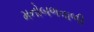
મનોબળવાળી